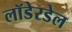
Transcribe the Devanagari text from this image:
लॉडेरडेल